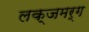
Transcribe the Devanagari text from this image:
लक्जमर्ग